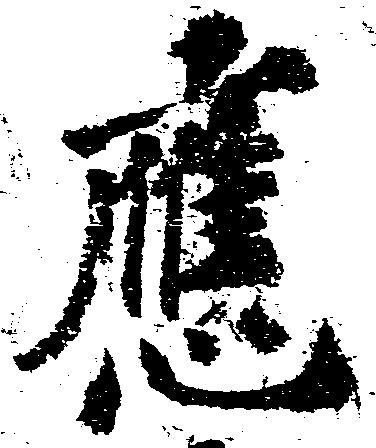
応